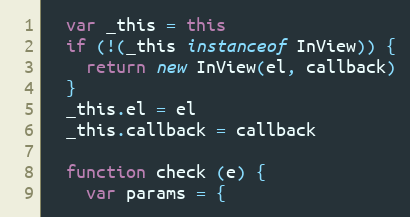
Language: JavaScript
  var _this = this
  if (!(_this instanceof InView)) {
    return new InView(el, callback)
  }
  _this.el = el
  _this.callback = callback

  function check (e) {
    var params = {